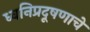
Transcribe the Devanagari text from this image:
ध्वनिप्रदूषणाचे